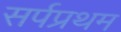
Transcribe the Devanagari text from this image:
सर्पप्रथम